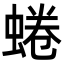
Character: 蜷